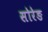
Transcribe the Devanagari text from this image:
सोरेङ